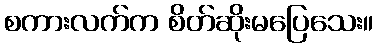
စကားလက်က စိတ်ဆိုးမပြေသေး။